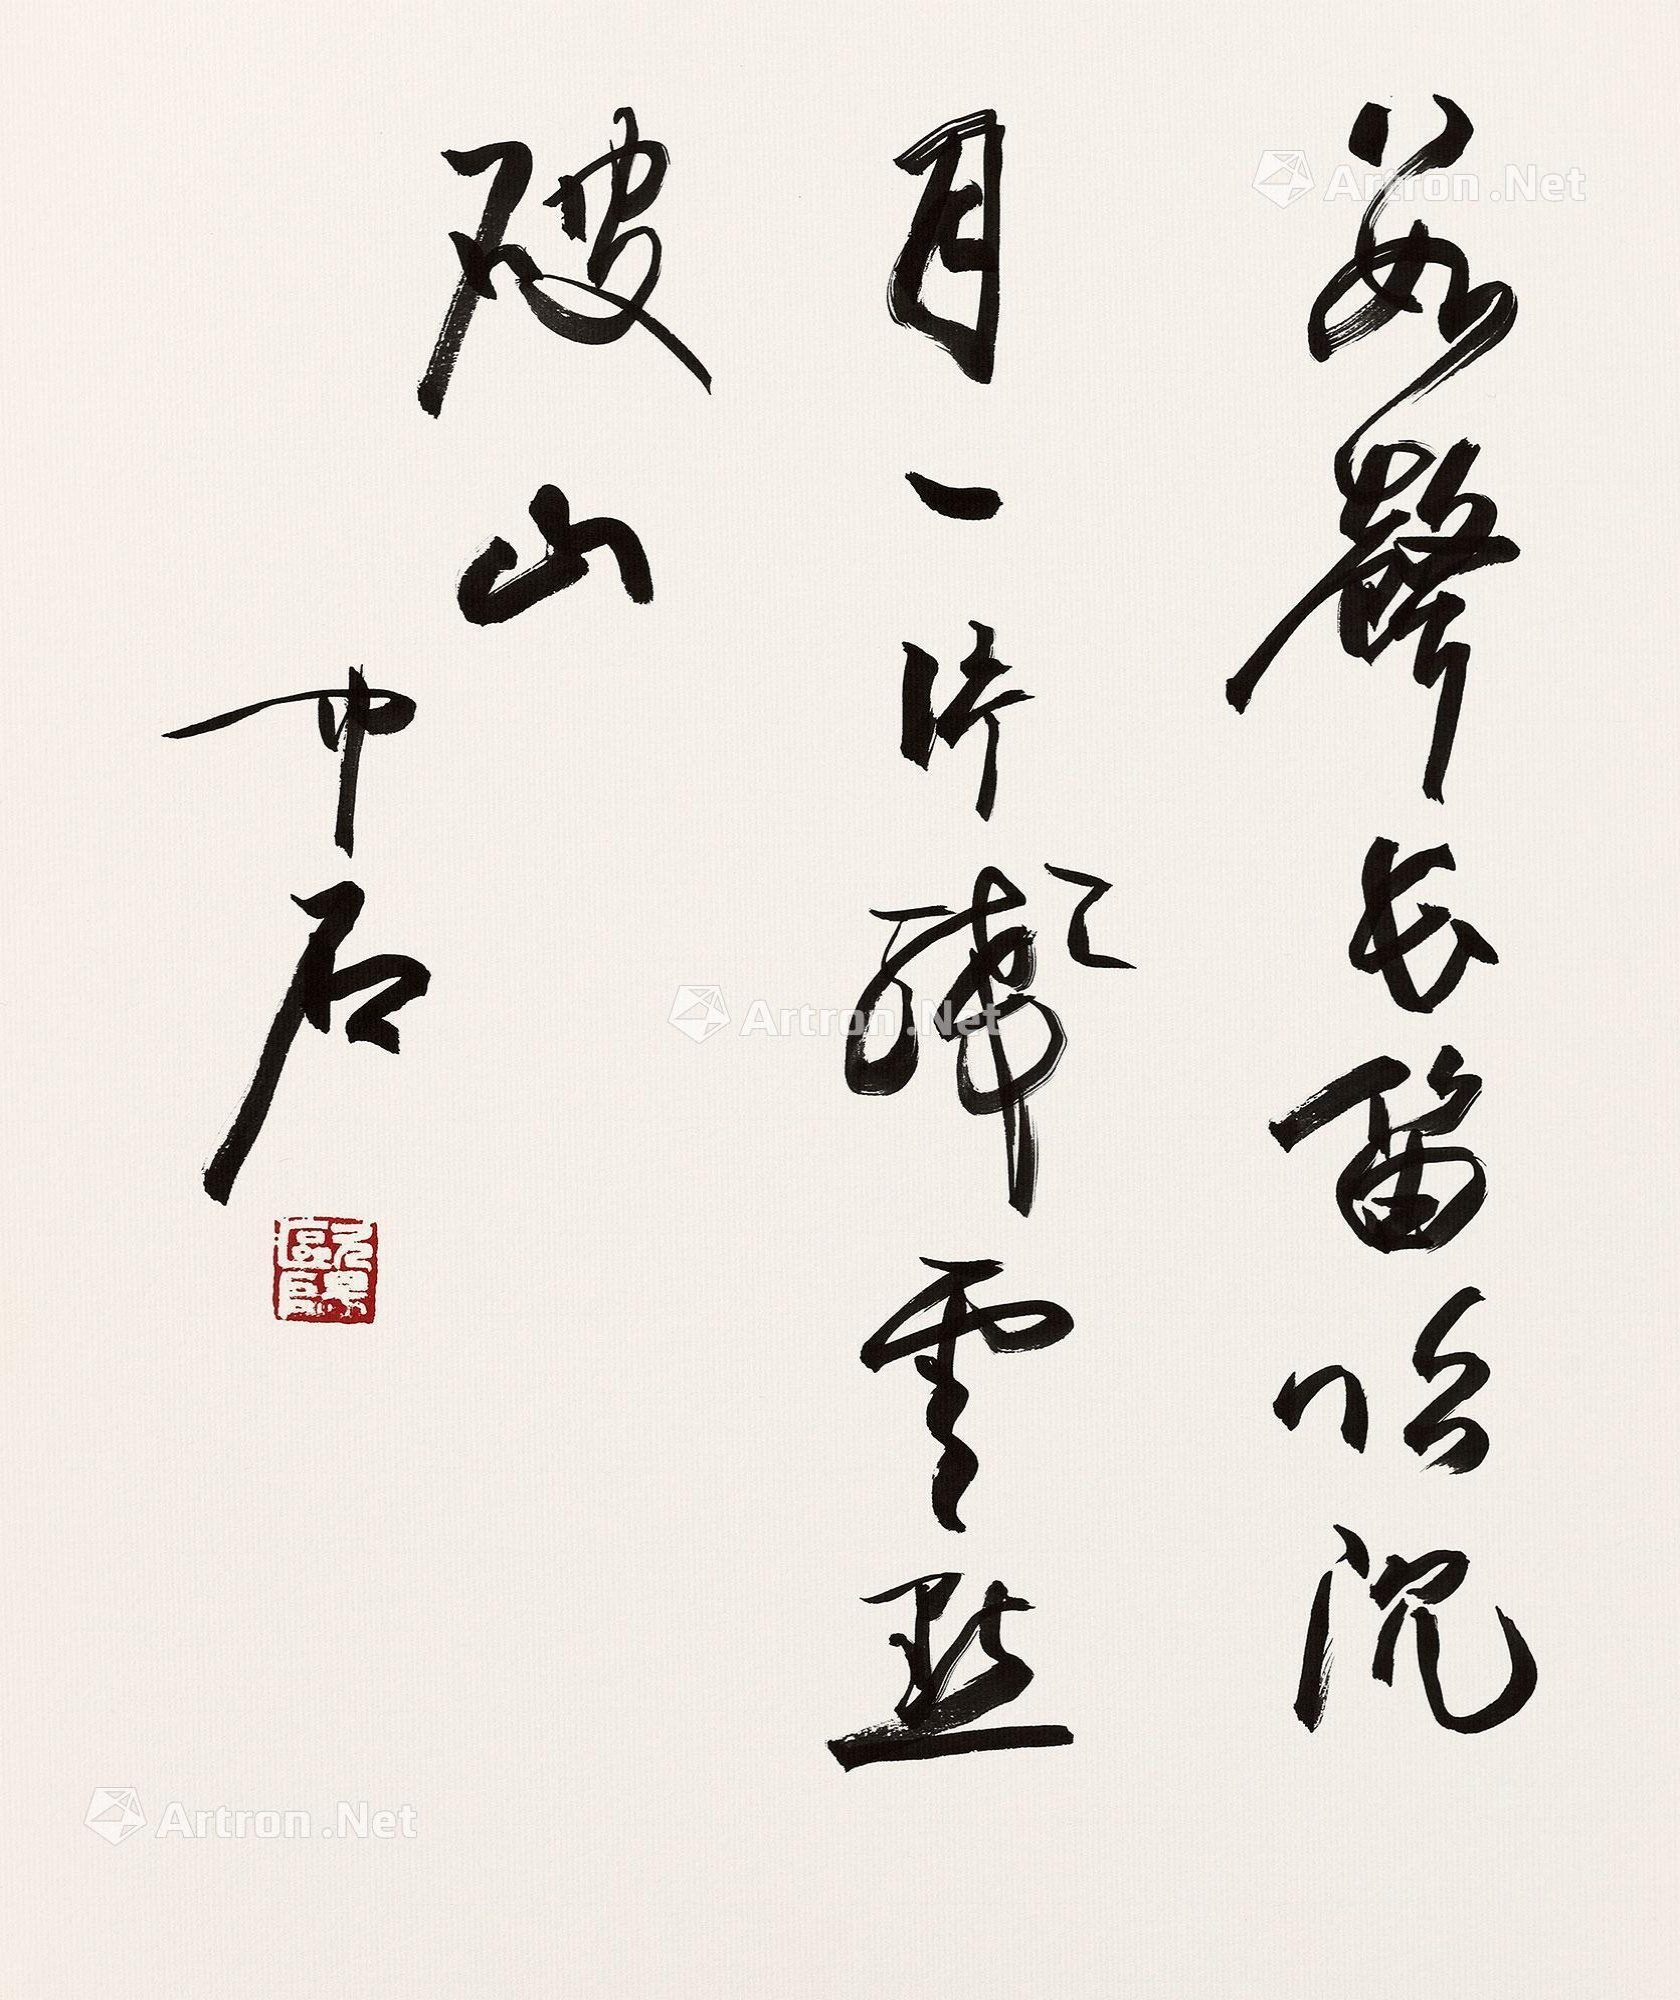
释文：数声长笛吹沈月，一片残云点破山。中石。